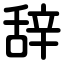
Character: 辞